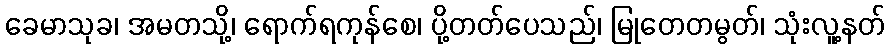
ခေမာသုခ၊ အမတသို့၊ ရောက်ရကုန်စေ၊ ပို့တတ်ပေသည်၊ မြုတေတမွတ်၊ သုံးလူ့နတ်